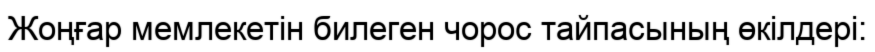
Жоңғар мемлекетін билеген чорос тайпасының өкілдері: